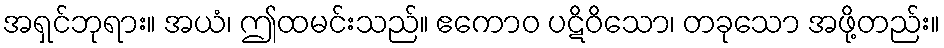
အရှင်ဘုရား။ အယံ၊ ဤထမင်းသည်။ ဧကောဝ ပဋိဝိသော၊ တခုသော အဖို့တည်း။